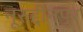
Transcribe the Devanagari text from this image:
नूरुद्दीनपुर